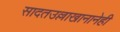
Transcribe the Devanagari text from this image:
सादतउल्लाखानानेही